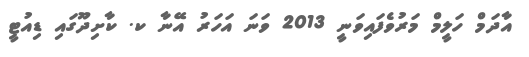
އާދަމް ހަލީމް މަރުވެފައިވަނީ 2013 ވަނަ އަހަރު އޭނާ ކ. ކާށިދޫގައި ޑިއުޓީ